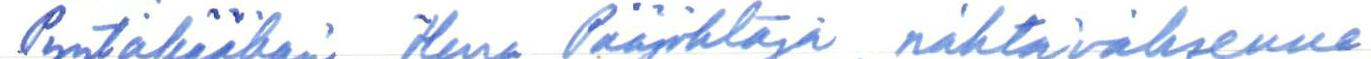
Pyytäkäähän, Herra Pääjohtaja, nähtäväksenne